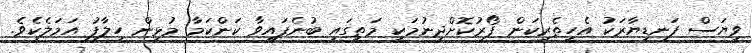
ވިޔަސް ފަނޑިޔާރަކު އެހީތެރިކަން ފޯރުކޮށްދިނުމަކީ މަތީގައި ބުނެފައިވާ ކަންކަމާ މުޅިން ހިލާފު އަމަލެކެވެ.